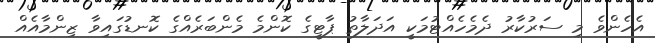
އެހެންވެ މި ސަރުކާރު ދެމެހެއްޓުމަކީ އަދަލާތު ޕާޓީގެ ކޮންމެ މެންބަރެއްގެ ކޮނޑުގައިވާ ޒިންމާއެއް